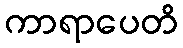
ကာရာပေတိ